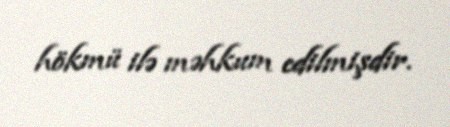
hökmü ilə məhkum edilmişdir.